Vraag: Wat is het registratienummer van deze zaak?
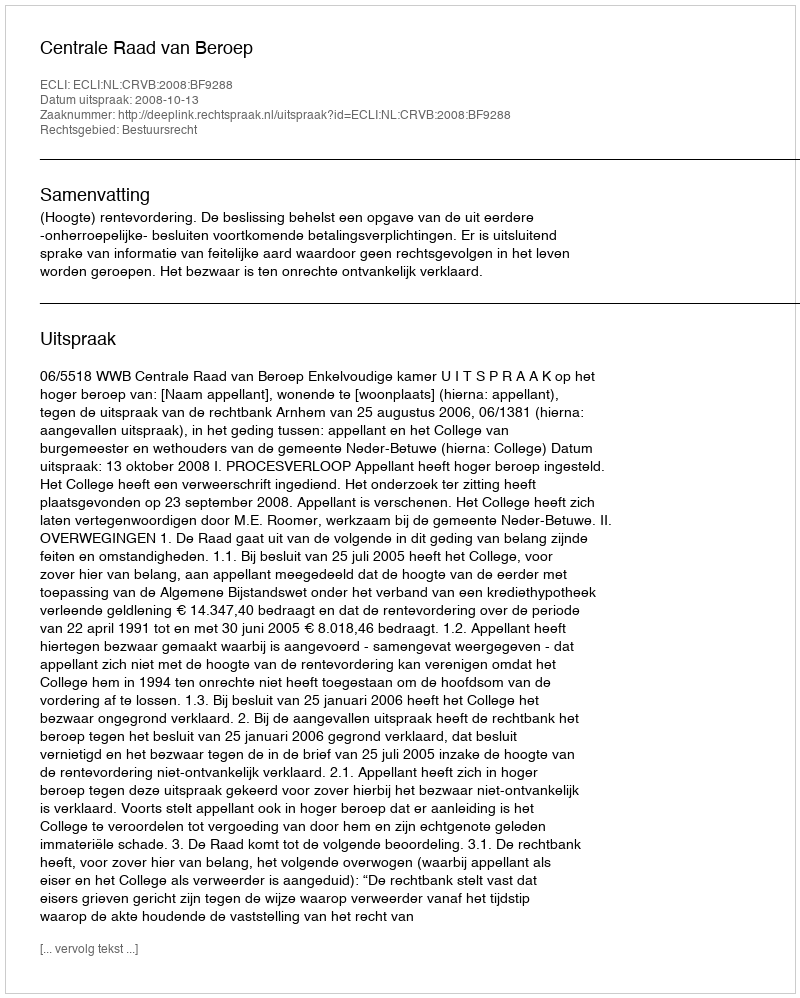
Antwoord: http://deeplink.rechtspraak.nl/uitspraak?id=ECLI:NL:CRVB:2008:BF9288